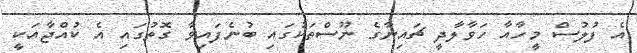
އެ ފުލުސް މީހާއާ ހަވާލާދީ ޗައިނާގެ ނޫސްތަކުގައި ބުނެފައިވާ ގޮތުގައި އެ ކުއްޖާއަކީ